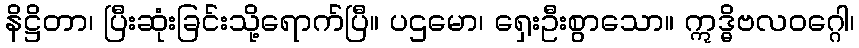
နိဋ္ဌိတာ၊ ပြီးဆုံးခြင်းသို့ရောက်ပြီ။ ပဌမော၊ ရှေးဦးစွာသော။ ဣဒ္ဓိဗလဝဂ္ဂေါ၊